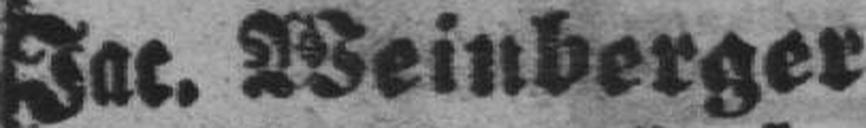
Jac. Weinberger